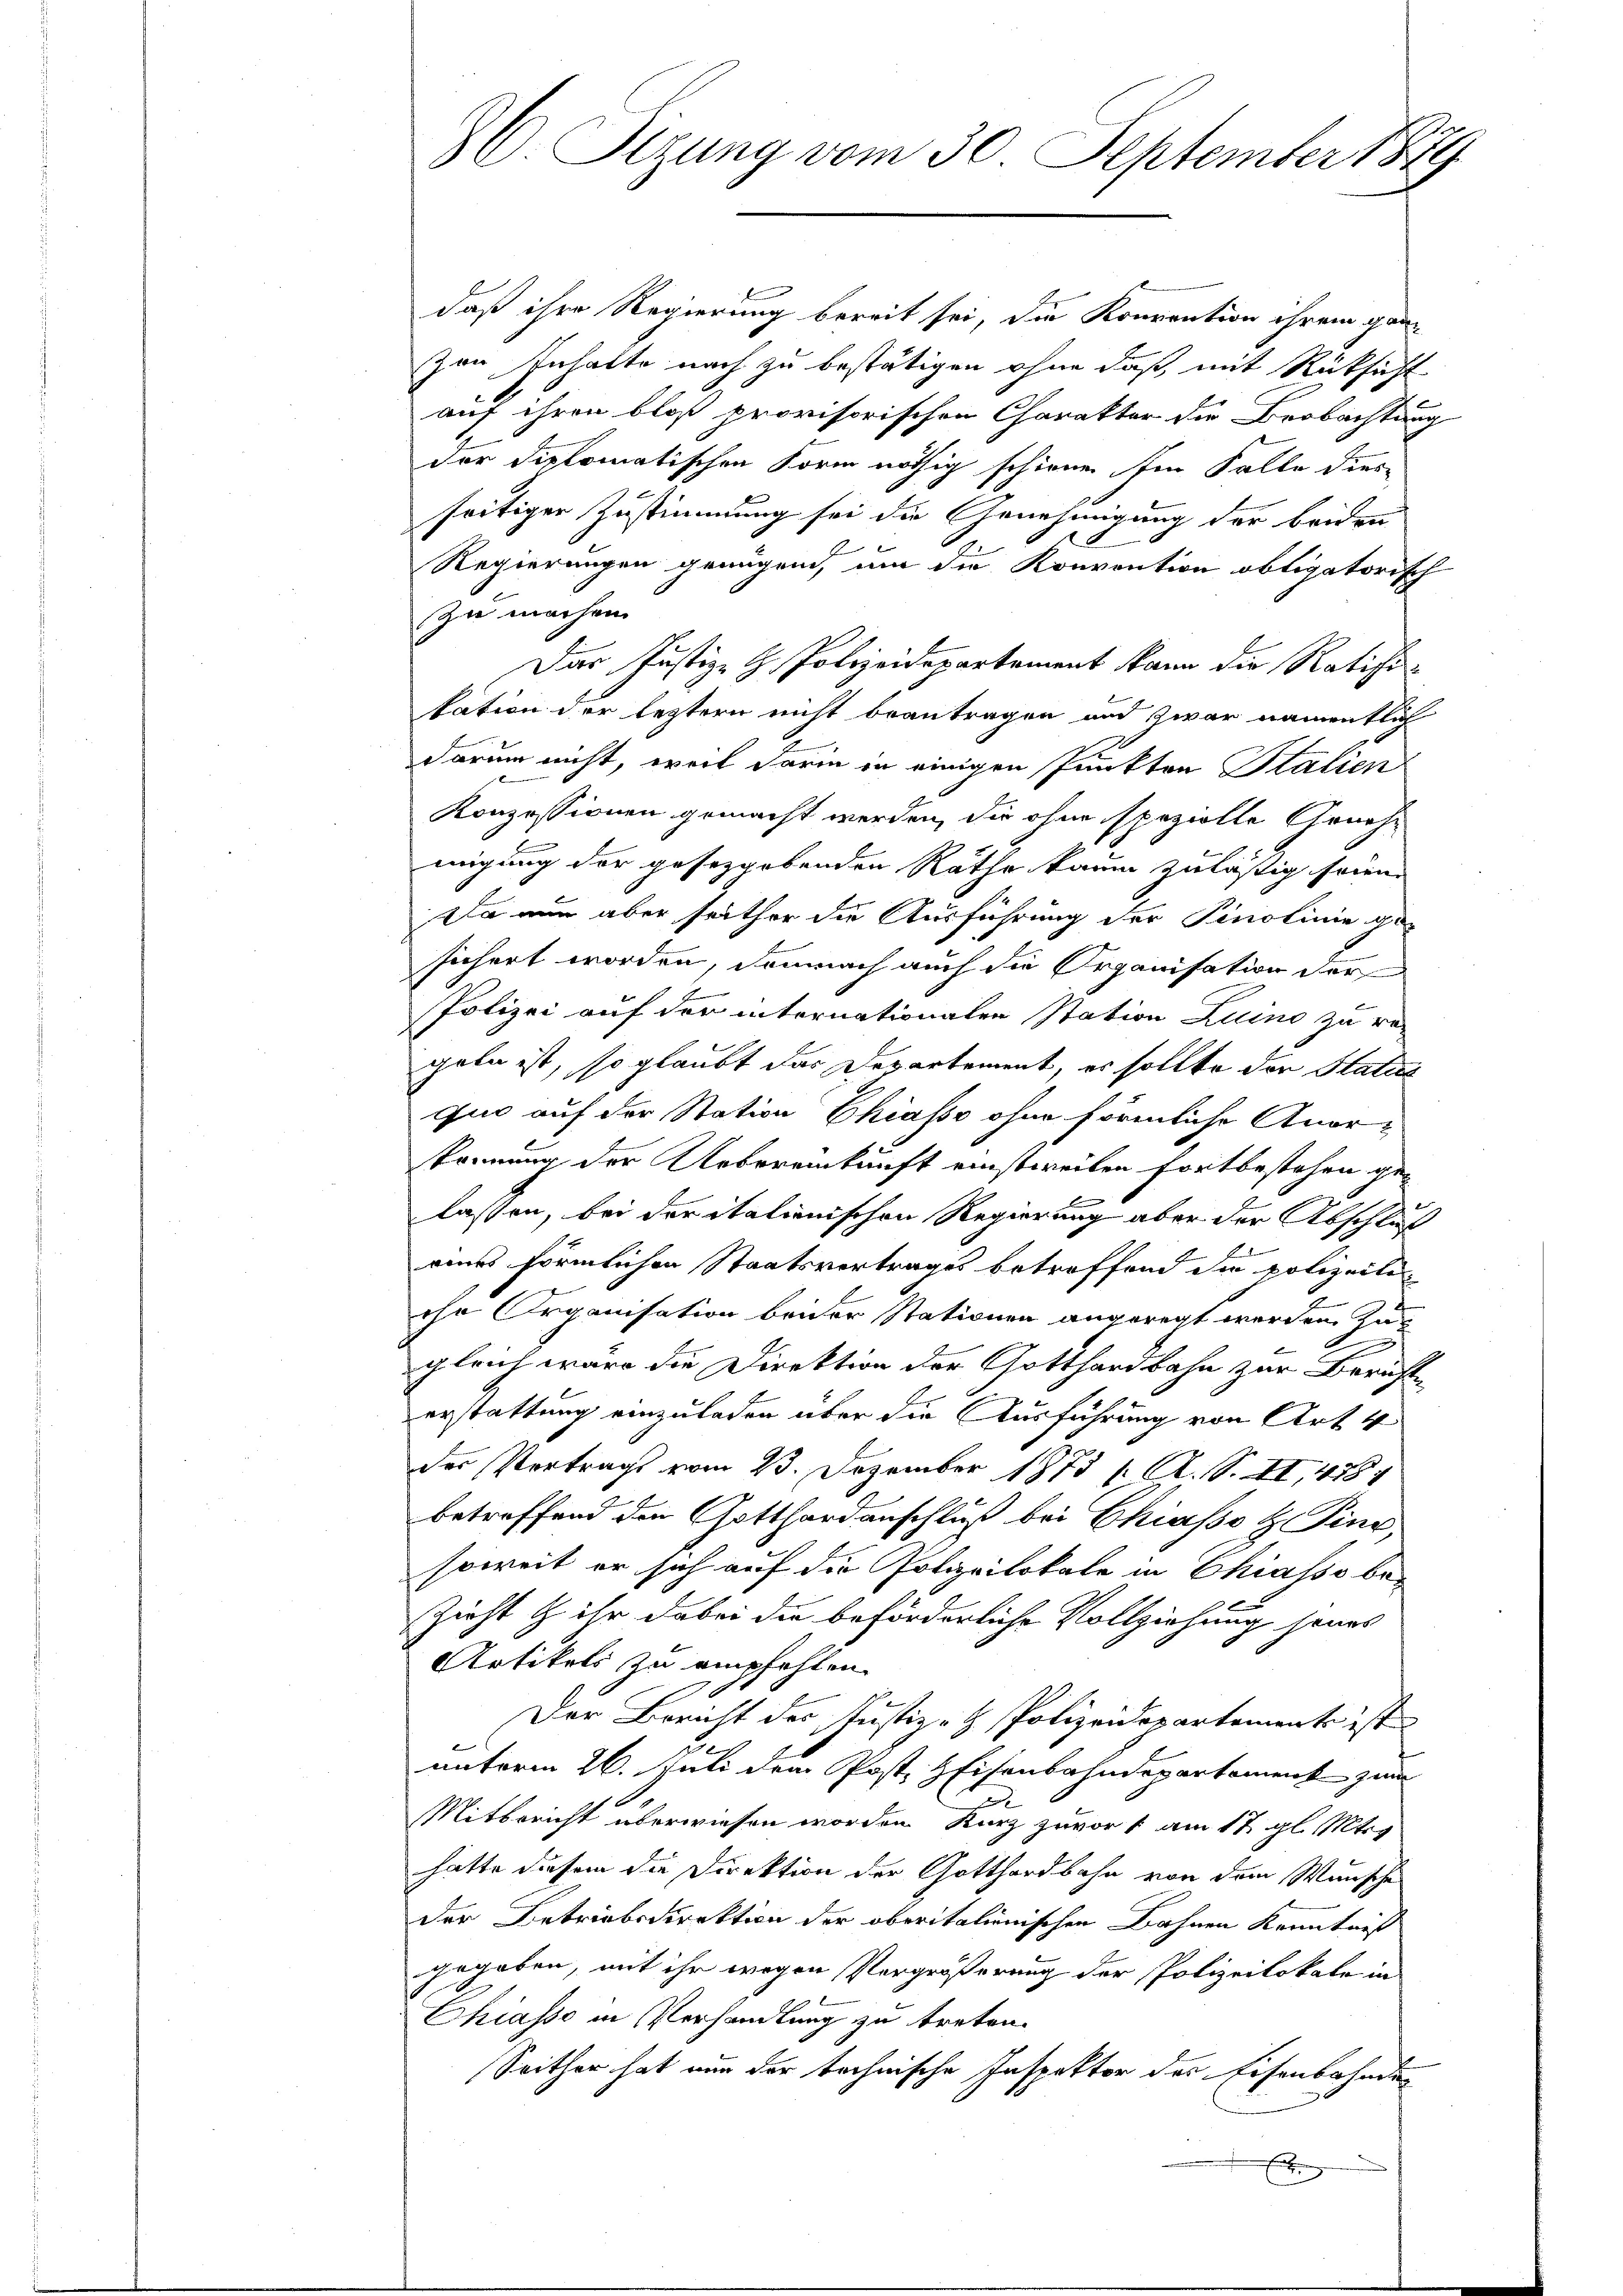
86 Sizung vom 30. September 1879

daß ihre Regierung bereit sei, die Konvention ihrem gan
zen Inhalte nach zu bestätigen ohne daß mit Rücksicht
auf ihren bloß provisorischen Charakter die Beobachtung
der diplomatischen Form nöthig schienen. Im Falle dies
seitiger Zustimmung sei die Genehmigung der beiden
Regierungen genügend, um die Konvention obligatorisch
zu machen.
Der Justiz- & Polizeidepartement kann die Ratifikation der leztern nicht beantragen und zwar namentlich
darum nicht, weil darin in einigen Punkten Italien
Konzessionen gemacht werden, die ohne spezielle Genehmigung der gesetzgebenden Räthe kaum zuläßig seien.
Da nun aber seither die Ausführung der Pinolinie ge-
sichert worden, demnach auch die Organisation der
Polizei auf der internationalen Station Luino zu re-
gabe ist, so glaubt das Departement, es sollte der Status
quo auf der Station Chiasso ohne förmliche Anorkönnung der Uebereinkunft einstweilen fortbestehen ge-
lassen, bei der italienischen Regierung aber der Abschluß
2
eines förmlichen Staatsvertrages betreffend die polizeite
ohn Organisation beider Stationen angeregt werden zu
n
gleich wäre die Direktion der Gotthardbahn zur Berichte
erstattung einzuladen über die Ausführung von Art. 4
der Vertrags vom 23. Dezember 1873 / A. S. XI, 488
betreffend den Gotthardanschluß bei Chiasso H. Vinc
soweit er sich auf die Polizeilokale in Chiasso be-
Zieht & ihr dabei die beförderliche Vollziehung jenes
Artikels zu empfehlen.
Der Bericht der Justiz- & Polizeidepartement ist
u.
unterm 26. Juli dem Post, HEisenbahndepartement zum
e
Mitbericht überwiesen worden Kurz zuvor 1 am 17. gl. Mts
hatte diesem die Direktion der Gotthardbahn von dem Wunsche
der Betriebsdirektion der oberitalienischen Bahnen Kenntniß
gegeben, mit ihr wegen Vergrößerung der Polizeilokale in
Chiasso in Verhandlung zu treten.
Seither hat nun der technische Inspektor des Eisenbahnder